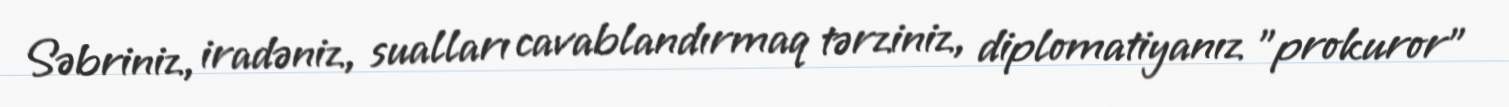
Səbriniz, iradəniz, sualları cavablandırmaq tərziniz, diplomatiyanız "prokuror"